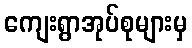
ကျေးရွာအုပ်စုများမှ